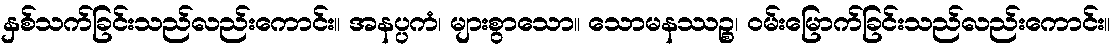
နှစ်သက်ခြင်းသည်လည်းကောင်း။ အနပ္ပကံ၊ များစွာသော။ သောမနဿဉ္စ၊ ဝမ်းမြောက်ခြင်းသည်လည်းကောင်း။